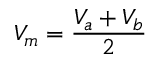
V _ { m } = \frac { V _ { a } + V _ { b } } { 2 }